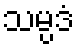
သမ္ပဒံ